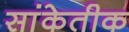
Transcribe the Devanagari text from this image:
सांकेतीक